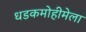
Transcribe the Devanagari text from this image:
धडकमोहीमेला